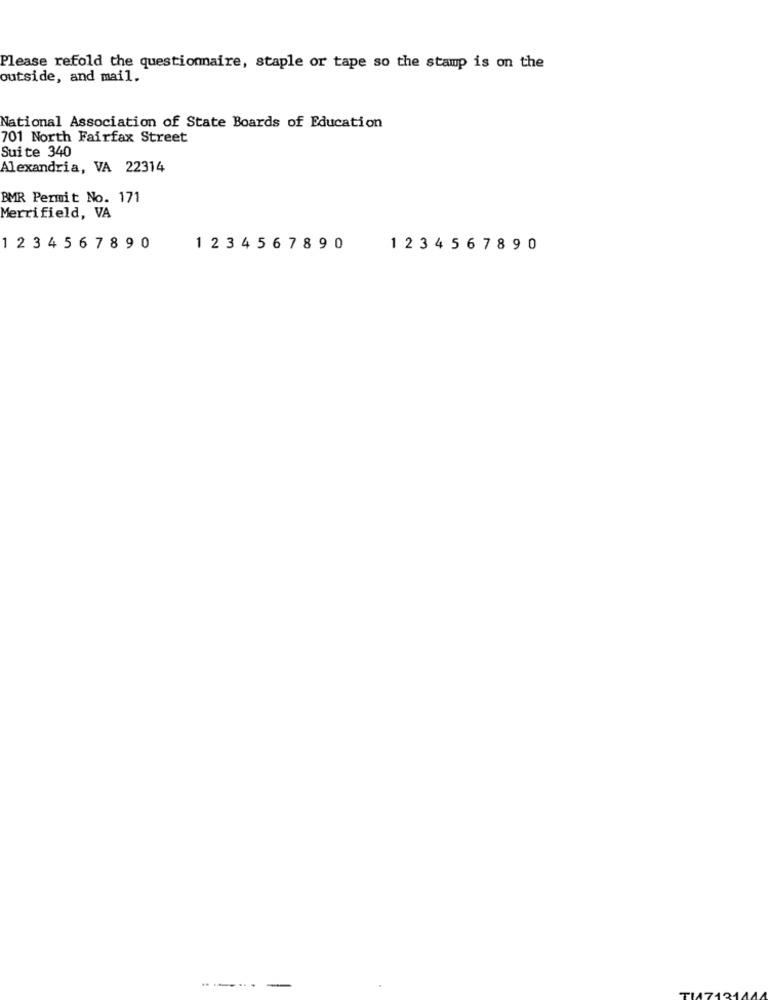
Please refold the questionaire, staple or tape so the stamp is on the
outside, and mail.
National Association of State Boards of Education
701 North Fairfax Street
Suite 340
Alexandria, VA 22314
BMR Permit No. 171
Merrifield, VA
1234 5 6 7 8 9 0
1 2 3 4 5 6 7 8 9 0
12 3 4 5 6 7 8 9 0
------ -